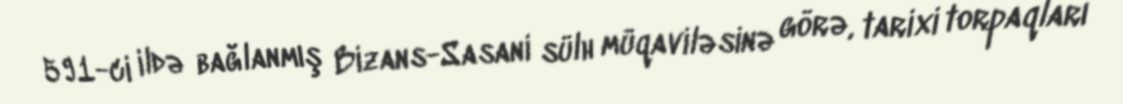
591-ci ildə bağlanmış Bizans-Sasani sülh müqaviləsinə görə, tarixi torpaqları